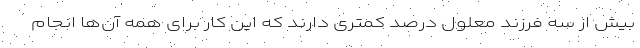
بیش از سه فرزند معلول درصد کمتری دارند که این کار برای همه آن‌ها انجام